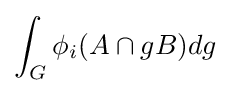
\int _{G}\phi _{i}(A\cap gB)dg